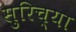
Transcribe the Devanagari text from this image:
सुरिच्या